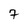
Character: 7